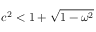
c ^ { 2 } < 1 + \sqrt { 1 - \omega ^ { 2 } }